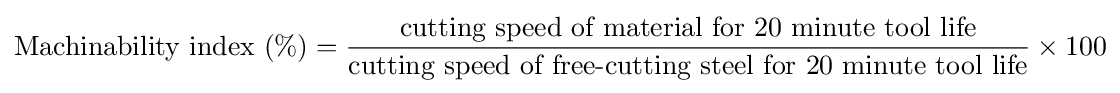
{\text{Machinability index (}}\%{)}={\frac {\text{cutting speed of material for 20 minute tool life}}{\text{cutting speed of free-cutting steel for 20 minute tool life}}}\times 100